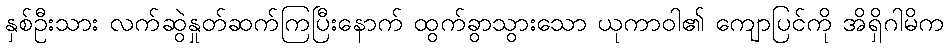
နှစ်ဦးသား လက်ဆွဲနှုတ်ဆက်ကြပြီးနောက် ထွက်ခွာသွားသော ယုကာဝါ၏ ကျောပြင်ကို အိရှိဂါမိက